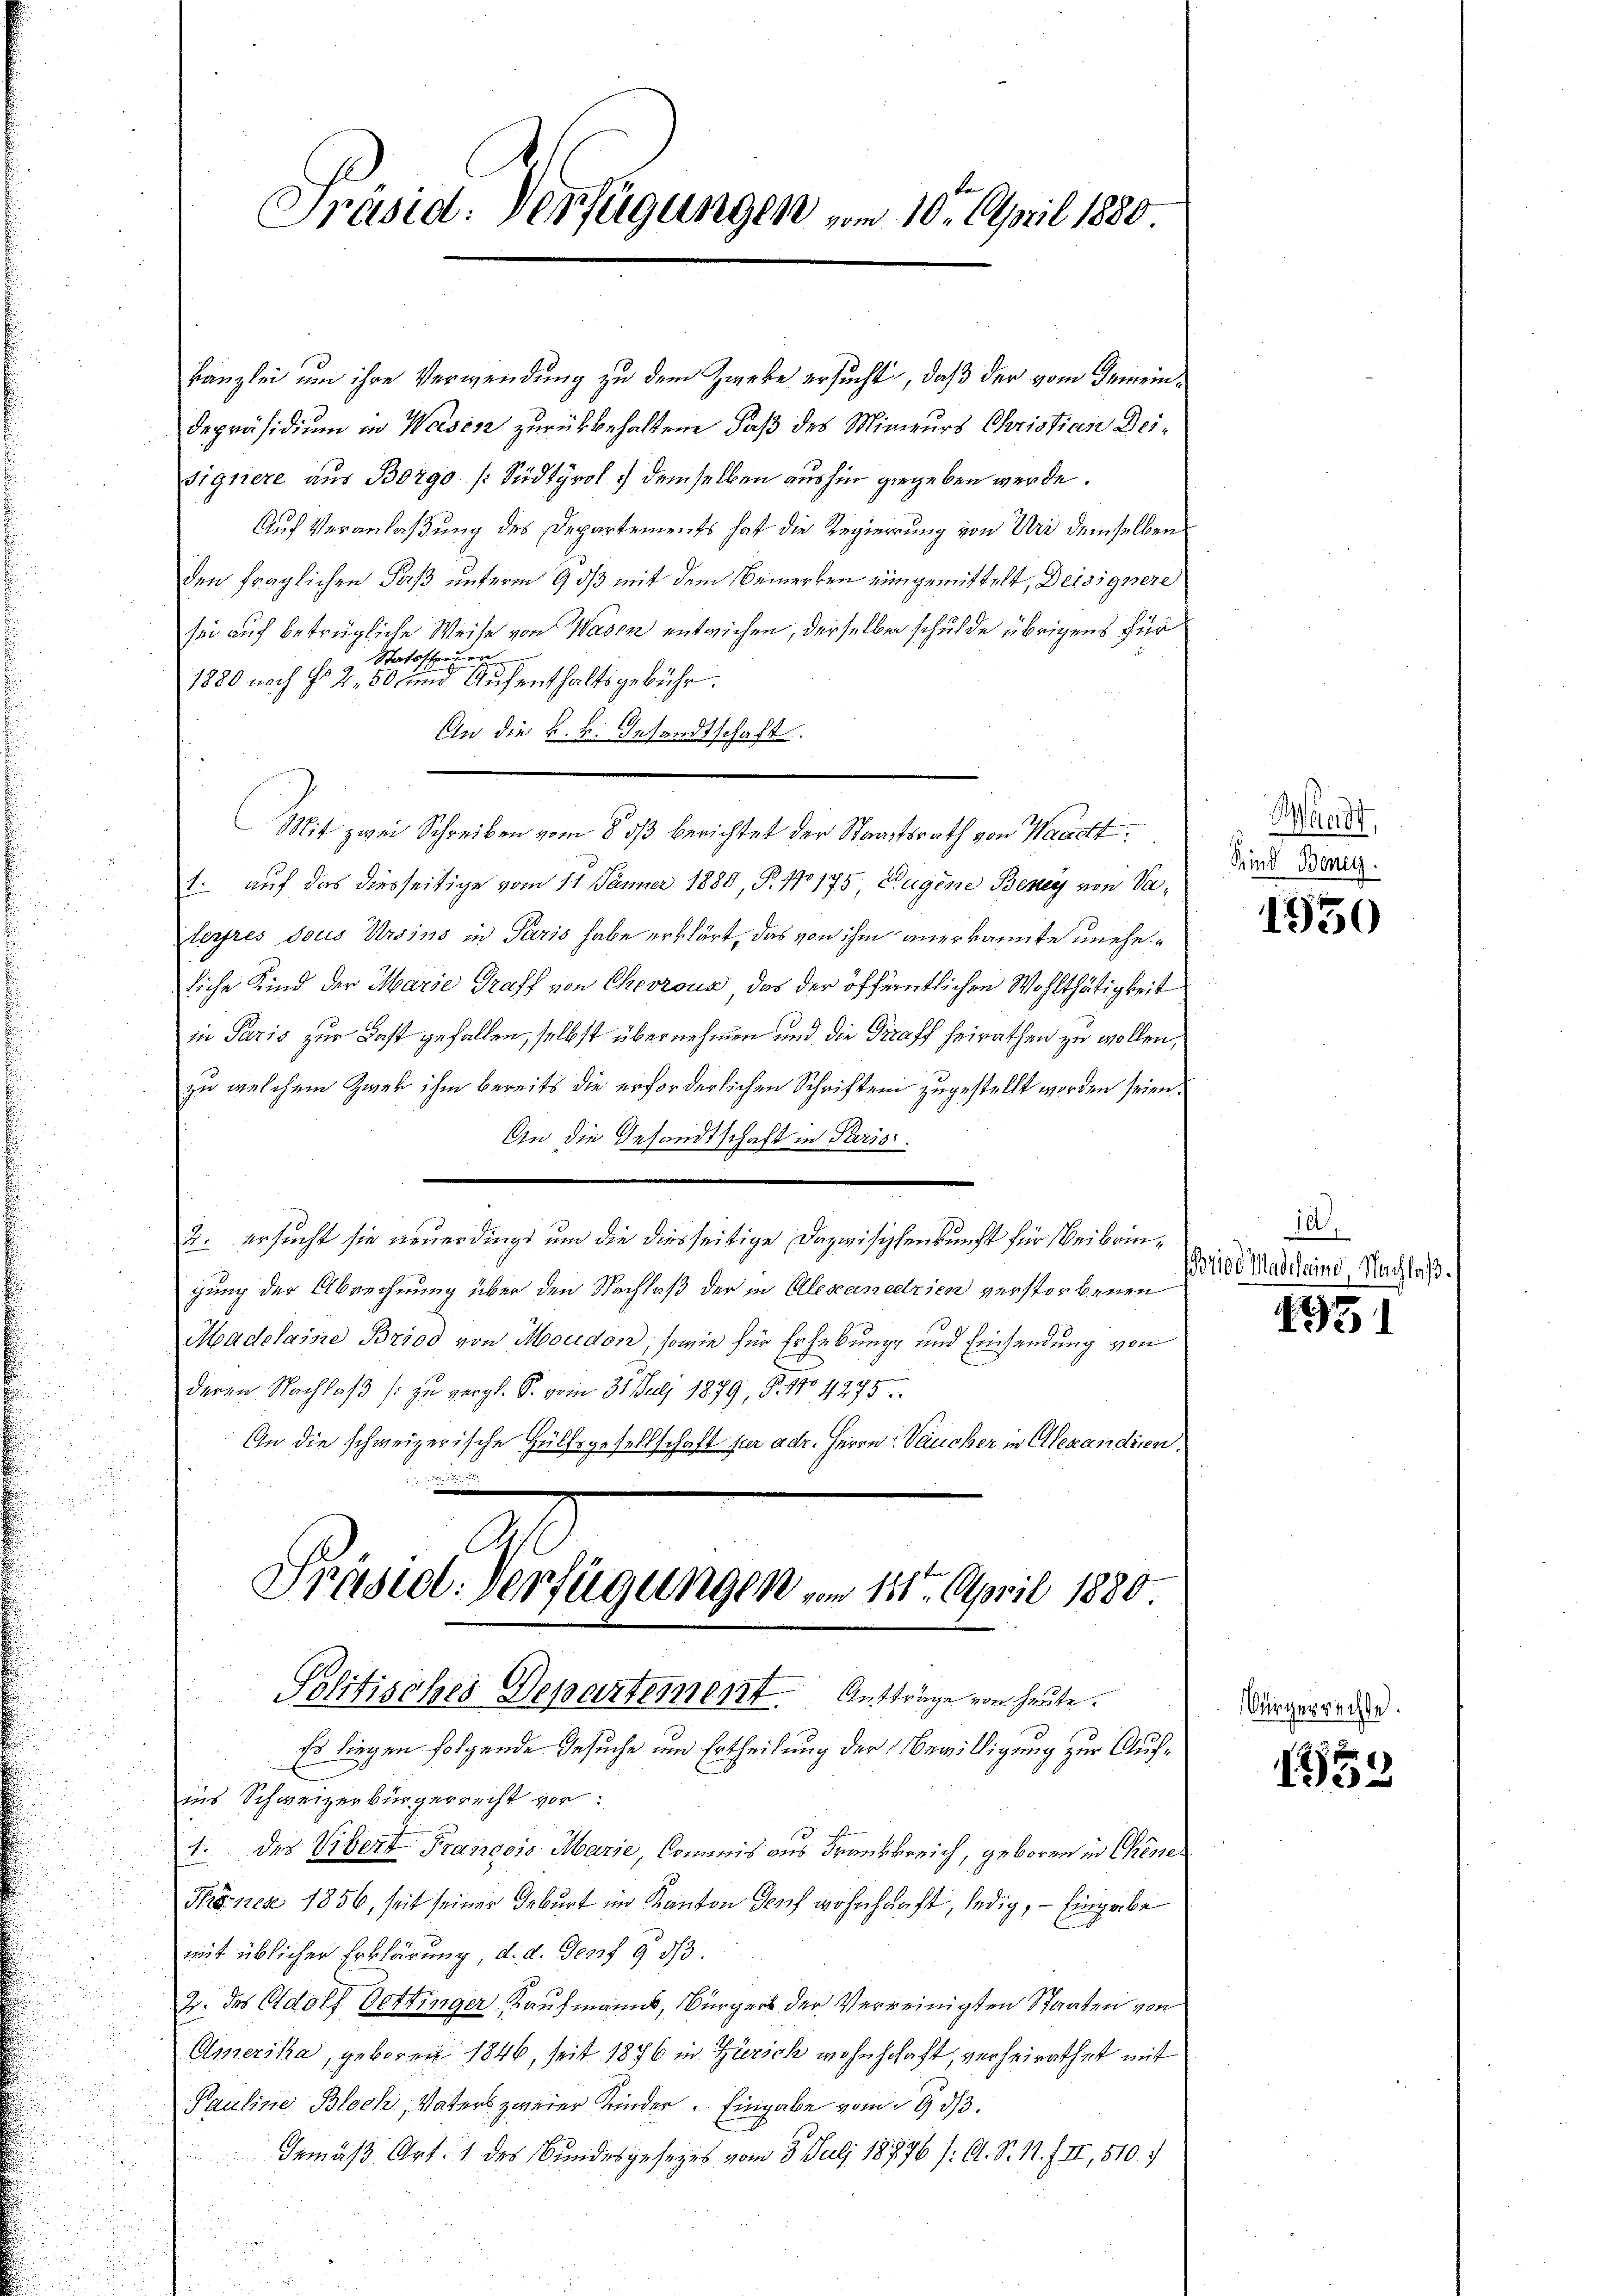
kanzlei um ihre Verwendung zu dem Zweke ersucht, daß der vom Gemeindepräsidium in Weises zurückbehaltene Faß des Minieurs Christian Deisignere aus Borgo (Südtyrol. demselben aushin gegeben werde.
Auf Veranlaßung des Departements hat die Regierung von Uri demselben
den fraglichen Paß unterm 9 dß mit dem Bemerken eingemittelt, Deisignere
sei auf betrügliche Weise von Wasen entwichen, derselben schulde übrigens für
Statotteuer
1880 noch No 2, 50 und Aufenthaltsgebühr.
An die k. k. Gesandtschaft.
Mit zwei Schreiben vom 8. ds berichtet der Staatsrath von Waadt,
1. auf das diesseitige vom 11. Jänner 1880, P. No 175, Jugene Beney von Valeyres dous Ursins in Paris habe erklärt, das von ihm anerkannte uneheliche Kind der Marie Graff von Chevrous, das der öffentlichen Wohlthätigkeit
in Paris zur Last gefallen, selbst übernehmen und die Straff heirathen zu wollen,
zu welchem Zwek ihm bereits die erforderlichen Schriften zugestellt worden seien.
An die Gesandtschaft in Paris.
2. ersucht sie neuerdings um die diesseitige Dazwischenkunft für Beibringung der Abrechnung über den Nachlaß der in Alescanedzien verstorbenen
Madelaine Brioo von Moudon, sowie für Erhebung und Einsendung von
deren Nachlaß zu vergl. S. vom 31. July 1879, S. 478. 17975
An die schweizerische Hülfsgesellschaft für adr. Herrn Vaucher in Alexandien

Präsid. Verfügungen vom 10. April 1880

Präsid. Verfügungen am 11ten April 1880.
Politisches Departement. Aufträge von heute.

Es liegen folgende Gesuche um Ertheilung der Bewilligung zur Aufins Schweizerbürgerrecht vor:
1. des Vibert Francois Marie, kommnis aus Frankkreich, geboren in Chine
Phönes 1856, seit seiner Geburt im Kanton Torf wohnhäuft, ledig, — Eingabe
mit üblicher Erklärung, d. d. Sept. 9 1/3.
2. des Adolf Dettinger Kaufmanns, Bürger der Verreinigten Staaten von
Amerika, geboren 1846, seit 1876 in Zürich wohnschaft, verheirathet mit
Pauline Bloch, Vaters zweier Kinder. Eingabe vom 9. dβ.
Gemäß Art. 1 des Bundesgesezes vom 8. Juli 18776 /: A. S. 11. f. II, 510 f

Waadt,
Kind Beney.

1950

10.
Briod Madehaine, Nachlaß¬

1951

Bürgerrechte.

159